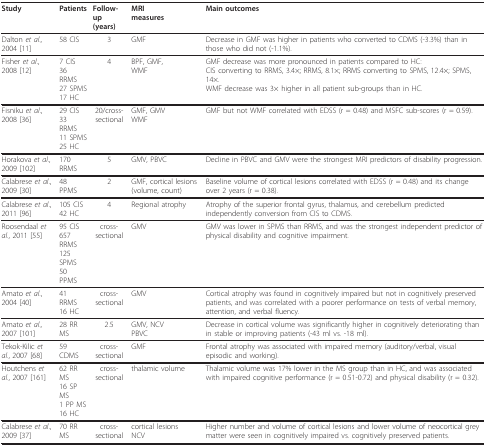
<table><thead><tr><td><b>Study</b></td><td><b>Patients</b></td><td><b>Follow-up(years)</b></td><td><b>MRImeasures</b></td><td><b>Main outcomes</b></td></tr></thead><tbody><tr><td>Dalton <i>et al</i>.,2004 [11]</td><td>58 CIS</td><td>3</td><td>GMF</td><td>Decrease in GMF was higher in patients who converted to CDMS (-3.3%) than in those who did not (-1.1%).</td></tr><tr><td>Fisher <i>et al</i>.,2008 [12]</td><td>7 CIS36 RRMS27 SPMS17 HC</td><td>4</td><td>BPF, GMF,WMF</td><td>GMF decrease was more pronounced in patients compared to HC:CIS converting to RRMS, 3.4×; RRMS, 8.1×; RRMS converting to SPMS, 12.4×; SPMS, 14×.WMF decrease was 3× higher in all patient sub-groups than in HC.</td></tr><tr><td>Fisniku <i>et al</i>.,2008 [36]</td><td>29 CIS33 RRMS11 SPMS25 HC</td><td>20/cross-sectional</td><td>GMF, GMVWMF</td><td>GMF but not WMF correlated with EDSS (r = 0.48) and MSFC sub-scores (r = 0.59).</td></tr><tr><td>Horakova <i>et al</i>.,2009 [102]</td><td>170 RRMS</td><td>5</td><td>GMV, PBVC</td><td>Decline in PBVC and GMV were the strongest MRI predictors of disability progression.</td></tr><tr><td>Calabrese <i>et al</i>.,2009 [30]</td><td>48 PPMS</td><td>2</td><td>GMF, cortical lesions (volume, count)</td><td>Baseline volume of cortical lesions correlated with EDSS (r = 0.48) and its change over 2 years (r = 0.38).</td></tr><tr><td>Calabrese <i>et al</i>.,2011 [96]</td><td>105 CIS42 HC</td><td>4</td><td>Regional atrophy</td><td>Atrophy of the superior frontal gyrus, thalamus, and cerebellum predicted independently conversion from CIS to CDMS.</td></tr><tr><td>Roosendaal <i>et al</i>., 2011 [55]</td><td>95 CIS657 RRMS125 SPMS50 PPMS</td><td>cross-sectional</td><td>GMV</td><td>GMV was lower in SPMS than RRMS, and was the strongest independent predictor of physical disability and cognitive impairment.</td></tr><tr><td>Amato <i>et al</i>.,2004 [40]</td><td>41 RRMS16 HC</td><td>cross-sectional</td><td>GMV</td><td>Cortical atrophy was found in cognitively impaired but not in cognitively preserved patients, and was correlated with a poorer performance on tests of verbal memory, attention, and verbal fluency.</td></tr><tr><td>Amato <i>et al</i>.,2007 [101]</td><td>28 RR MS</td><td>2.5</td><td>GMV, NCVPBVC</td><td>Decrease in cortical volume was significantly higher in cognitively deteriorating than in stable or improving patients (-43 ml vs. -18 ml).</td></tr><tr><td>Tekok-Kilic <i>et al</i>., 2007 [68]</td><td>59 CDMS</td><td>cross-sectional</td><td>GMF</td><td>Frontal atrophy was associated with impaired memory (auditory/verbal, visual episodic and working).</td></tr><tr><td>Houtchens <i>et al</i>., 2007 [161]</td><td>62 RR MS16 SP MS1 PP MS16 HC</td><td>cross-sectional</td><td>thalamic volume</td><td>Thalamic volume was 17% lower in the MS group than in HC, and was associated with impaired cognitive performance (r = 0.51-0.72) and physical disability (r = 0.32).</td></tr><tr><td>Calabrese <i>et al</i>.,2009 [37]</td><td>70 RR MS</td><td>cross-sectional</td><td>cortical lesionsNCV</td><td>Higher number and volume of cortical lesions and lower volume of neocortical grey matter were seen in cognitively impaired vs. cognitively preserved patients.</td></tr></tbody></table>